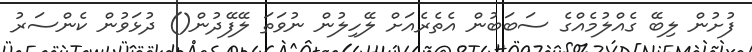
ފުށުން ލިބޭ ގެއްލުމެއްގެ ސަބަބުން އެތެރެއަށް ލޭހިލުން ނުވަތަ ލޭފޭދުން() ދުޅަވުން ކެންސަރު